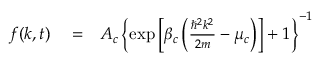
\begin{array} { r l r } { f ( k , t ) } & { { } = } & { A _ { c } \left\{ \exp \left[ \beta _ { c } \left( \frac { \hbar ^ { 2 } k ^ { 2 } } { 2 m } - \mu _ { c } \right) \right] + 1 \right\} ^ { - 1 } } \end{array}